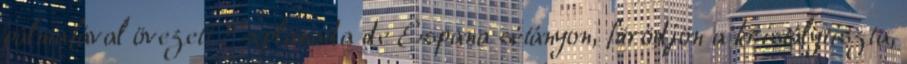
pálmafával övezett Explanada de Espana sétányon, fürödjön a kristálytiszta,